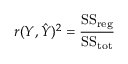
r ( Y , { \hat { Y } } ) ^ { 2 } = { \frac { { \mathrm { S S } } _ { \mathrm { r e g } } } { { \mathrm { S S } } _ { \mathrm { t o t } } } }